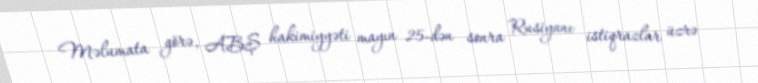
Məlumata görə, ABŞ hakimiyyəti mayın 25-dən sonra Rusiyanı istiqrazlar üzrə